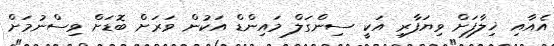
އެއާއި ޚިލާފަށް ވިޔަފާރި އަކީ ސިންގަލް މައިންޑް އަކުން ވަރަށް ބޮޑަށް ވިސްނުމަށް